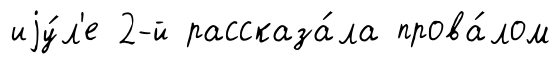
иjу́л'е 2-й рассказа́ла прова́лом